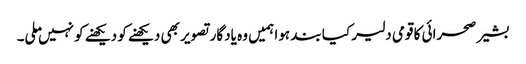
بشیر صحرائی کا قومی دلیر کیا بند ہوا ہمیں وہ یادگار تصویر بھی دیکھنے کو دیکھنے کو نہیں ملی۔